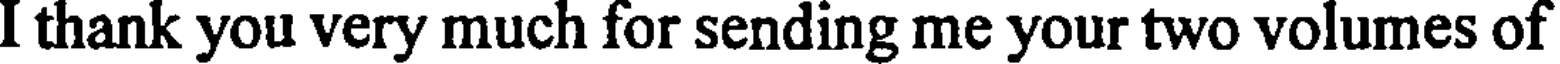
I thank you very much for sending me your two volumes of